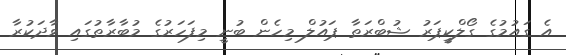
އެ ގައުމުގެ ގޯލްކީޕަރު ޝުބްރަތާ ޕައުލް މިހެން ބުނީ މިފަހަރުގެ މުބާރާތުގައި ވާދަކުރާ